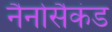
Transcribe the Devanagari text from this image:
नैनोसैकंड